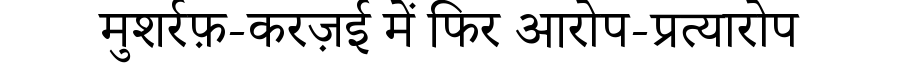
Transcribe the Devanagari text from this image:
मुशर्रफ़-करज़ई में फिर आरोप-प्रत्यारोप